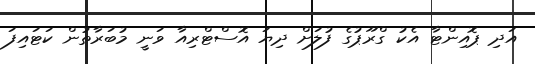
އަދި ޕޮއިންޓާ އެކު ގްރޫޕުގެ ފުލަށް ދިޔަ އޮސްޓްރިއާ ވަނީ މުބަރާތުން ކަޓައިފަ